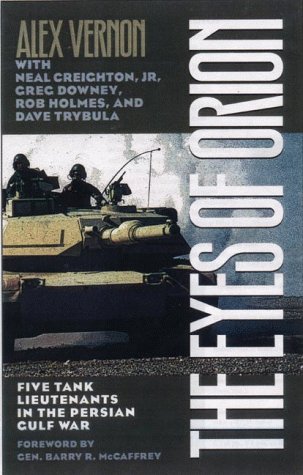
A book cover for The Eyes of Orion: Five Tank Lieutenants in the Persian Gulf War; Alex Vernon; History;